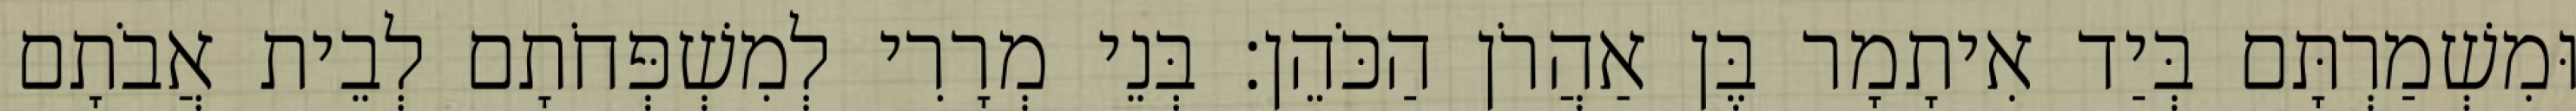
וּמִשְׁמַרְתָּם בְּיַד אִיתָמָר בֶּן אַהֲרֹן הַכֹּהֵן׃ בְּנֵי מְרָרִי לְמִשְׁפְּחֹתָם לְבֵית אֲבֹתָם